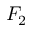
F _ { 2 }